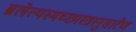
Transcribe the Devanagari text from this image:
ब्रलेत्यस्मच्छास्त्रानुसारेण